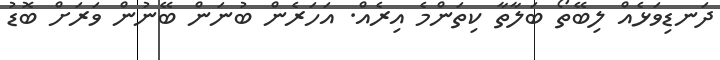
ދަނޑިވަޅެއް ލިބޭތޯ ބަލާތާ ކިތަންމެ އިރެއް. އަހަރެން ބުނަން ބޭނުން ވަރަށް ބޮޑު